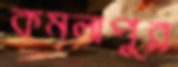
কমলাপুর